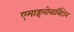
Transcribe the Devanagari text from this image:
एमाइलोबार्बिटोन